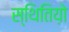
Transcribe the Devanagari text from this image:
स्थितिय़ो